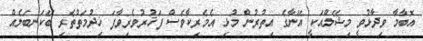
އޮބާމާ ވިދާޅުވީ މިޝޭލްއަކީ އޭނާގެ އިތުރުން މުޅި އެމެރިކާވެސް ފަޚުރުވެރިވާފަ ޚިދުމަތްތެރި ބޭކަނބަލެއް